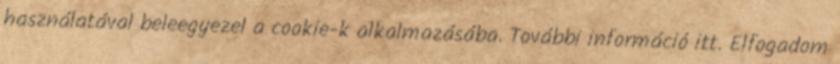
használatával beleegyezel a cookie-k alkalmazásába. További információ itt. Elfogadom